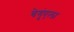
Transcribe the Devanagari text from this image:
बेगुंएला